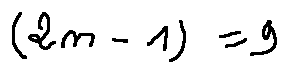
( 2 m - 1 ) = 9